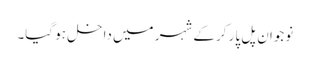
نوجوان پل پار کر کے شہر میں داخل ہو گیا۔